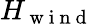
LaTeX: H_{\mathrm{~w~i~n~d~}}